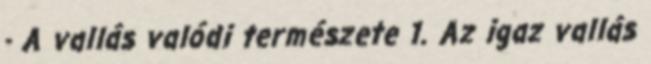
- A vallás valódi természete 1. Az igaz vallás